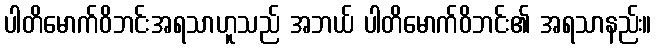
ပါတိမောက်ဝိဘင်းအရသာဟူသည် အဘယ် ပါတိမောက်ဝိဘင်း၏ အရသာနည်း။